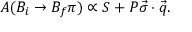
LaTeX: A ( { B } _ { i } \rightarrow { B } _ { f } \pi ) \propto S + P \vec { \sigma } \cdot \vec { q } .